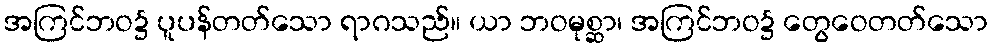
အကြင်ဘဝ၌ ပူပန်တတ်သော ရာဂသည်။ ယာ ဘဝမုစ္ဆာ၊ အကြင်ဘဝ၌ တွေဝေတတ်သော